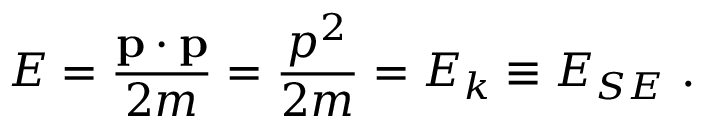
E = \frac { \mathbf { p } \cdot \mathbf { p } } { 2 m } = \frac { p ^ { 2 } } { 2 m } = E _ { k } \equiv E _ { S E } \ .